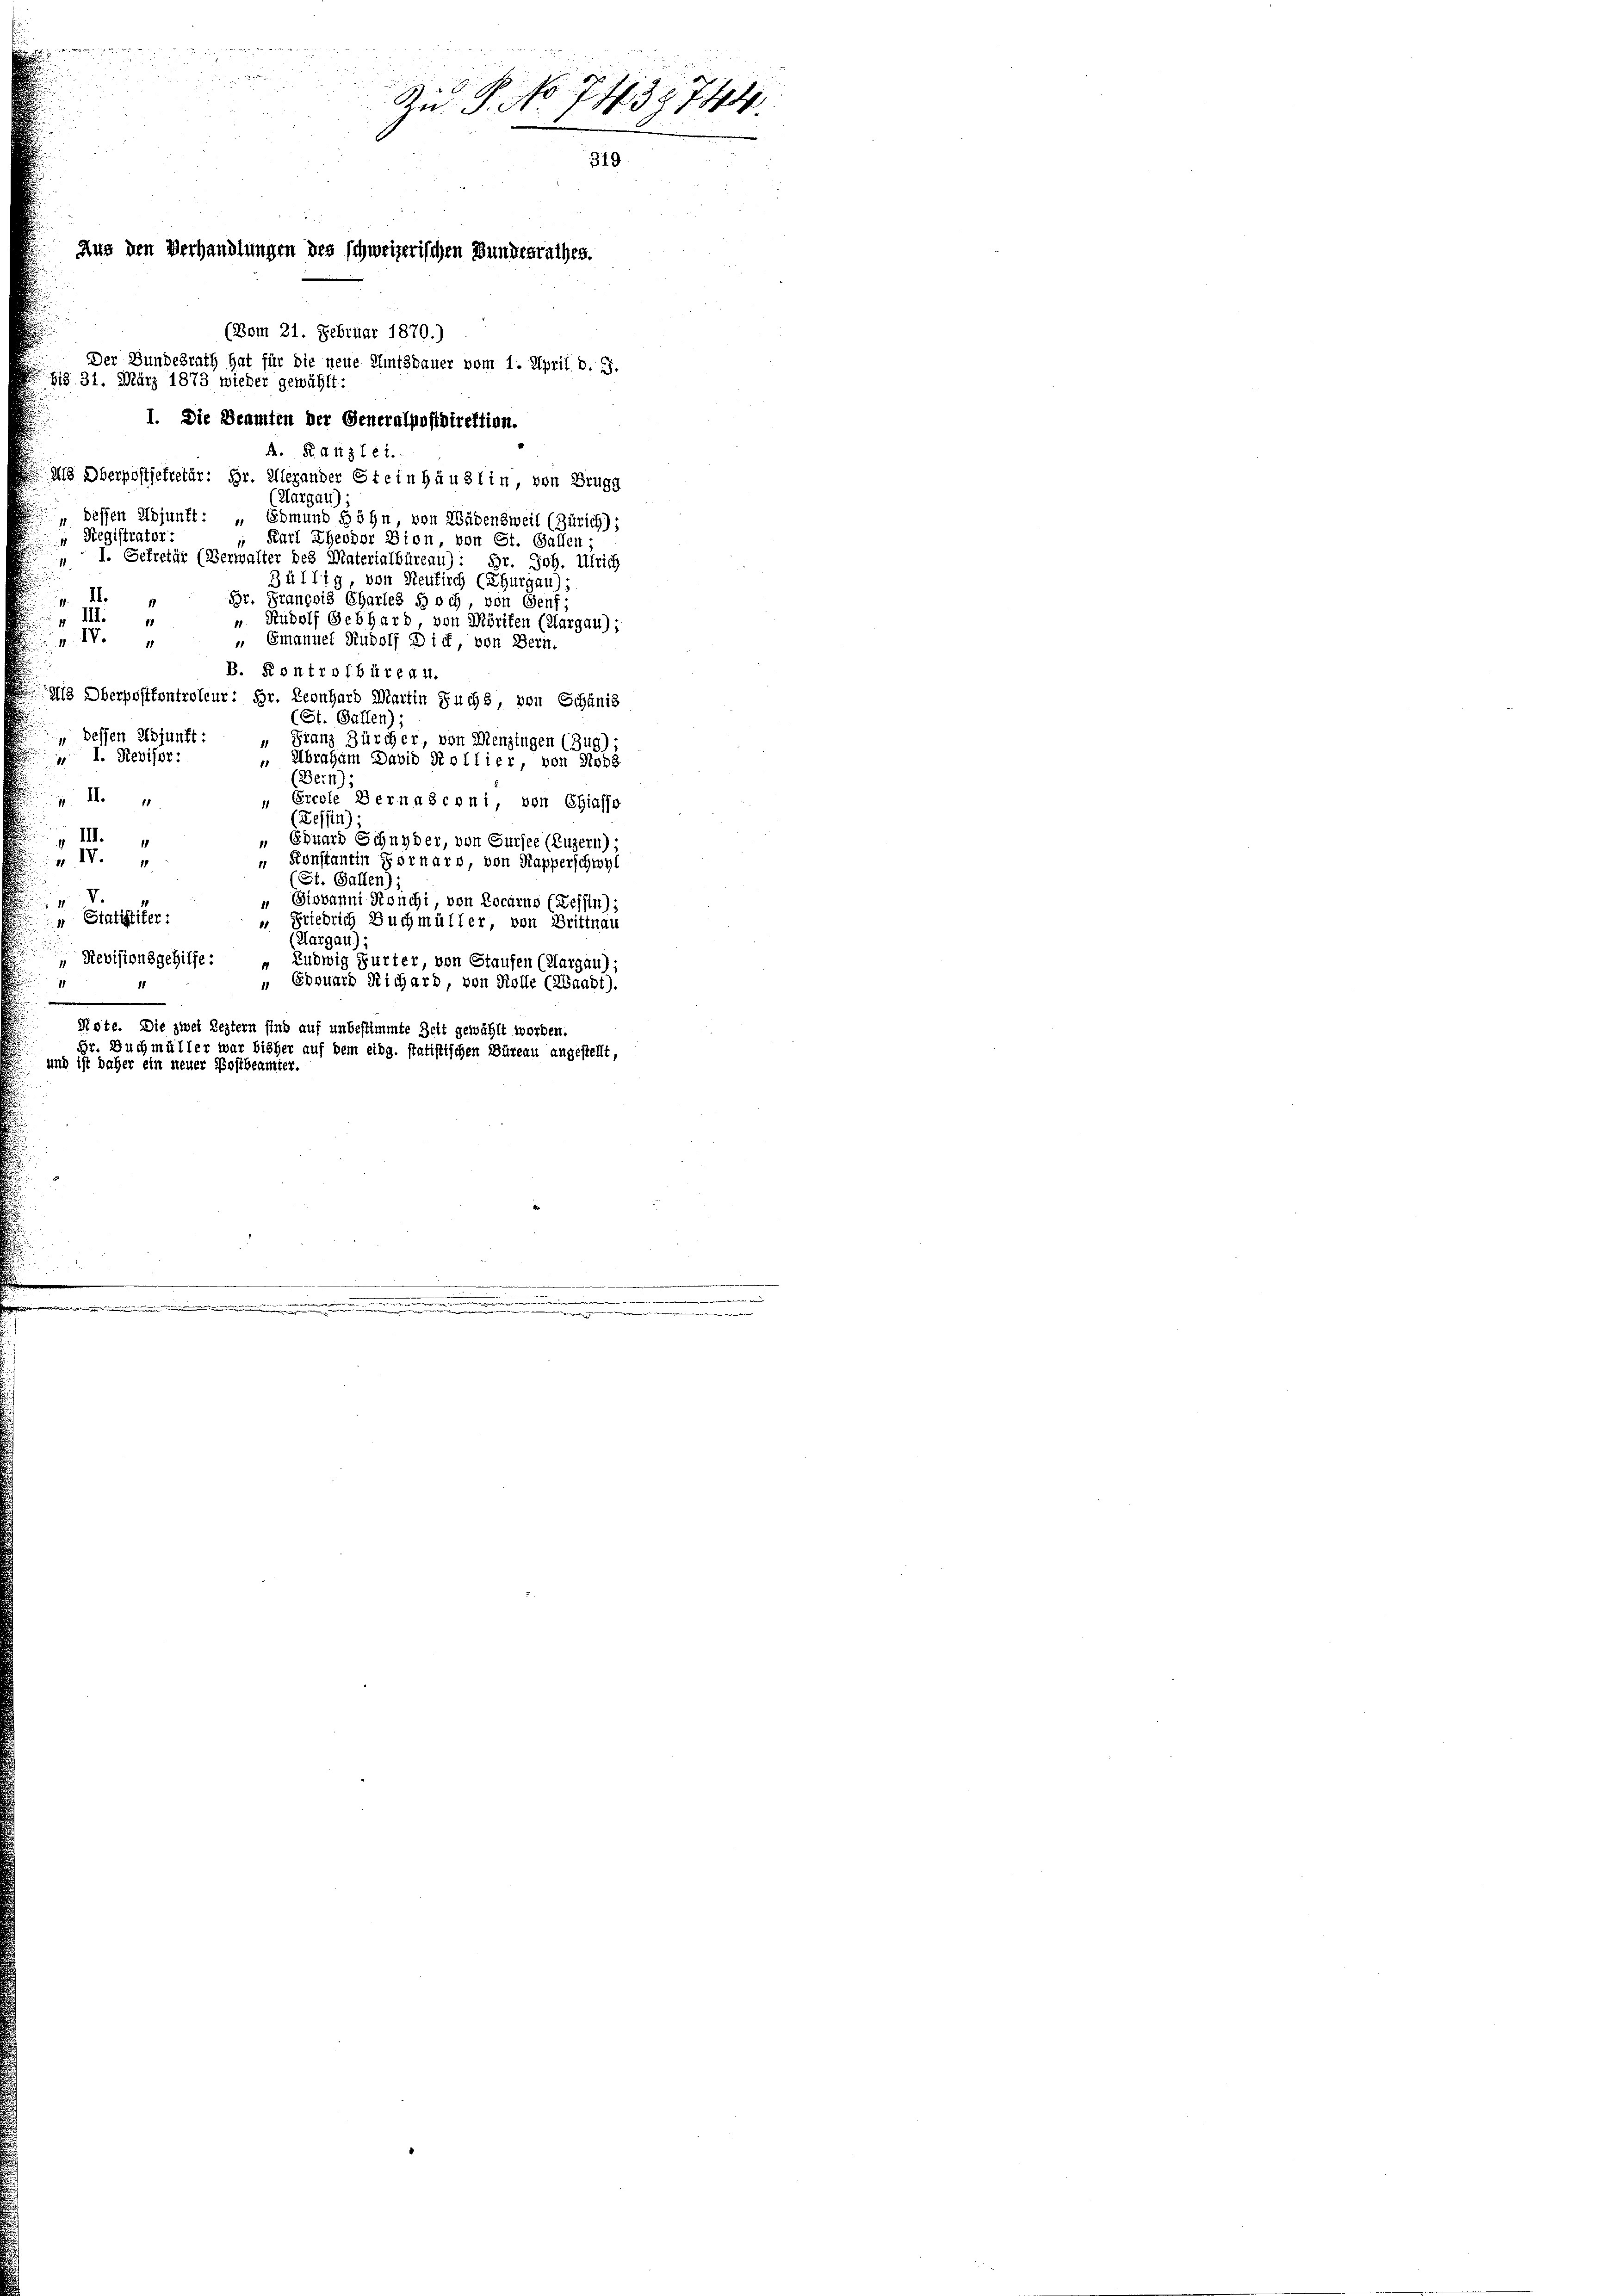
H
Zu P. No 1437. 744
319

ins den Verhandlungen des schweizerischen Bundesrathes.

m

(Vom 21. Februar 1870.)
Der Bundesrath hat für die neue Amtsdauer vom 1. April d. J.
H§. 31. März 1873 wieder gewählt:
1. Die Beamten der Generalpostdirektion.
A. R. d. 113 f. 61.
Als Oberpostjekretär: Dr. Allerander Stein Häuslin, von Brugg
(Aargau)
" bessen Adjunft: „Edmund Söhn, von Wädensweil (Zürich);
 Registrater:
" Karl Theodor Dion, von St. Gallen
I. Sekretär (Verwalter des Materialbüreau): Hr. Joh. Ulrich
3ültig, von Neukirch (Thurgau),
II.
Br. François Charles doch, von Genf;
v III.
“ Rudolf Gebhard, von Mörifen (Aargau);
11
 M
" Emanuel Rudolf Dich, von Bern.
B. Kontrolbüreau.
8 Oberpostkontroleur: Hr. Leonhard Martin Fuchs, von Schanis
(St. Gallen)
 dessen Adjunft:
" Franz Zürcher, von Menzingen (Zug)
 I. Revisor:
 Abraham David Kollier, von Rohs
(Bern):
1. II 4
Ercole Bernasconi, von Chiasso
(Zessin)
„ III.
 Eduard Schnyder, von Sursee (Luzern)
v. IV
 Konstantin Fornaro, von Kapperschwyl
(St. Gallen):
V.
Stovanni Ronchi, von Locarns (dessen);
 Statthalter:
 Friedrich Buchmüller, von Brittnau
(Aargau) :
" Revisionsgehilfe: „Ludwig Gurter, von Staufen (Margau);
 Edouard Richard, von Kolle (Waadt).
Nste. Die zwei Leztern sind auf unbestimmte Zeit gewählt worden.
Br. Buch müller war bisher auf dem eidg. statistischen Büreau angestellt,
 und ist daher ein neuer Postbeamter.

.

n